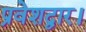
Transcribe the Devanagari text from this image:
प्रवेशद्वार।